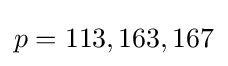
p=113,163,167